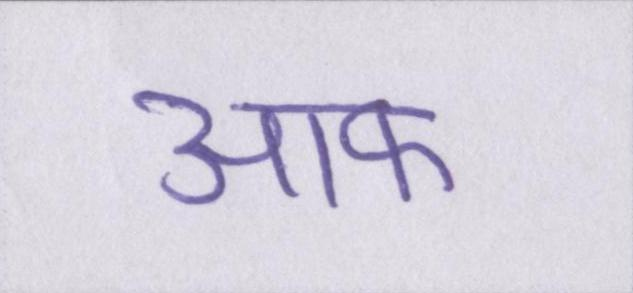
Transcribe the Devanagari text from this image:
आफ